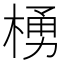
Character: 𪳆